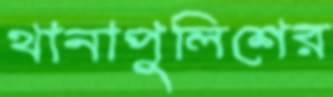
থানাপুলিশের